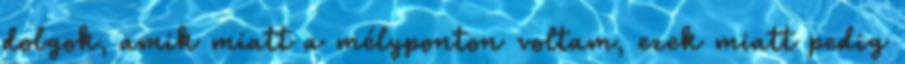
dolgok, amik miatt a mélyponton voltam, ezek miatt pedig